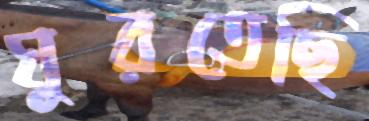
ঘুরতেছি